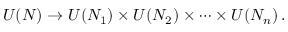
U ( N ) \to U ( N _ { 1 } ) \times U ( N _ { 2 } ) \times \cdots \times U ( N _ { n } ) \, .